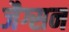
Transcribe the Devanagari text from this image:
जैग्सन